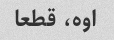
اوه، قطعا